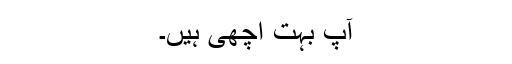
آپ بہت اچھی ہیں۔